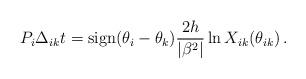
LaTeX: \begin{align*}P_{i}\Delta _{ik}t=\mbox {sign}(\theta _{i}-\theta _{k})\frac{2h}{|\beta ^{2}|}\ln X_{ik}(\theta _{ik})\, .\end{align*}